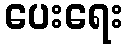
ပေးရေး